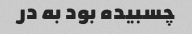
چسبیده بود به در